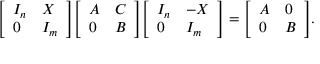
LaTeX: { \left[ \begin{array} { l l } { I _ { n } } & { X } \\ { 0 } & { I _ { m } } \end{array} \right] } { \left[ \begin{array} { l l } { A } & { C } \\ { 0 } & { B } \end{array} \right] } { \left[ \begin{array} { l l } { I _ { n } } & { - X } \\ { 0 } & { I _ { m } } \end{array} \right] } = { \left[ \begin{array} { l l } { A } & { 0 } \\ { 0 } & { B } \end{array} \right] } .